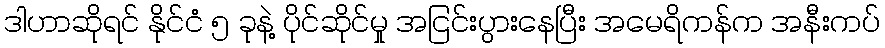
ဒါဟာဆိုရင် နိုင်ငံ ၅ ခုနဲ့ ပိုင်ဆိုင်မှု အငြင်းပွားနေပြီး အမေရိကန်က အနီးကပ်